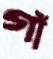
গাঁ